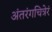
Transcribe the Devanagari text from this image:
अंतरंगचित्रेरं